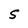
Character: S